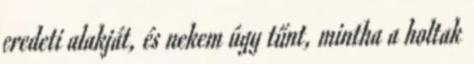
eredeti alakját, és nekem úgy tűnt, mintha a holtak